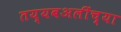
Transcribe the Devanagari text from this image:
तय्यबअलींच्या